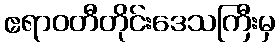
ဧရာဝတီတိုင်းဒေသကြီးမှ